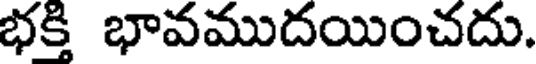
భక్తి భావముదయించదు.